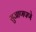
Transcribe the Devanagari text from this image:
सुजाणपणे